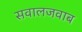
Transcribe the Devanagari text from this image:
सवालजवाब